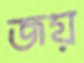
জয়